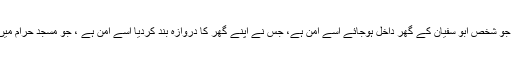
آج رحم و کرم کا دن ہے، جو شخص ابو سفیان کے گھر داخل ہوجائے اسے امن ہے، جس نے اپنے گھر کا دروازہ بند کردیا اسے امن ہے ، جو مسجد حرام میں داخل ہوگیا اسے امن ہے۔